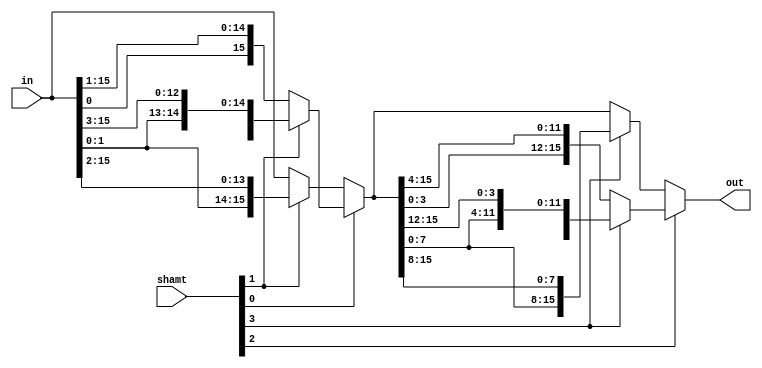
module ROR(input [15:0] in, input [3:0] shamt, output [15:0] out);
	
	wire [15:0] stage;
	
	assign stage = shamt[0] ? (shamt[1] ? {in[2:0], in[15:3]} : {in[0], in[15:1]}) : (shamt[1] ? {in[1:0], in[15:2]} : in);
	assign out = shamt[2] ? (shamt[3] ? {stage[11:0], stage[15:12]} : {stage[3:0], stage[15:4]}) : (shamt[3] ? {stage[7:0], stage[15:8]} : stage);

endmodule